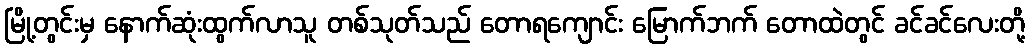
မြို့တွင်းမှ နောက်ဆုံးထွက်လာသူ တစ်သုတ်သည် တောရကျောင်း မြောက်ဘက် တောထဲတွင် ခင်ခင်လေးတို့